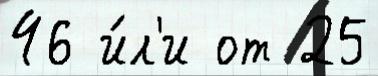
46 и́л'и от 25